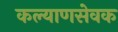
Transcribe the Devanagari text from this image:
कल्याणसेवक